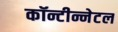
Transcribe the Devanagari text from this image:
कॉन्टीन्नेटल